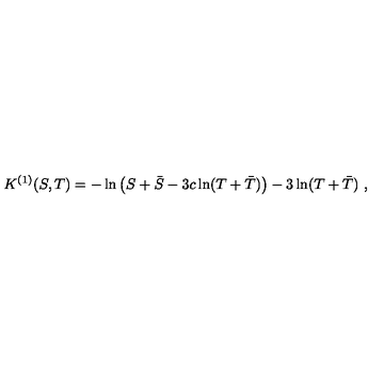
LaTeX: K ^ { ( 1 ) } ( S , T ) = - \ln \left( S + \bar { S } - 3 c \ln ( T + \bar { T } ) \right) - 3 \ln ( T + \bar { T } ) \ ,